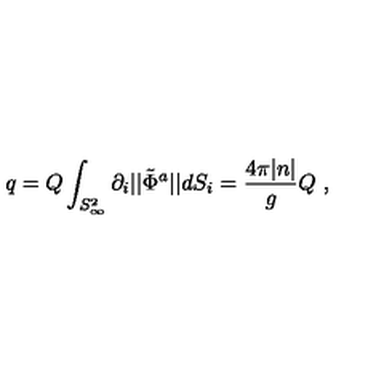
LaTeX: q = Q \int _ { S _ { \infty } ^ { 2 } } { \partial _ { i } | | \tilde { \Phi } ^ { a } | | } d S _ { i } = \frac { 4 \pi | n | } { g } Q \ ,